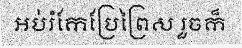
អប់រំកែប្រែព្រៃស រួចក៏